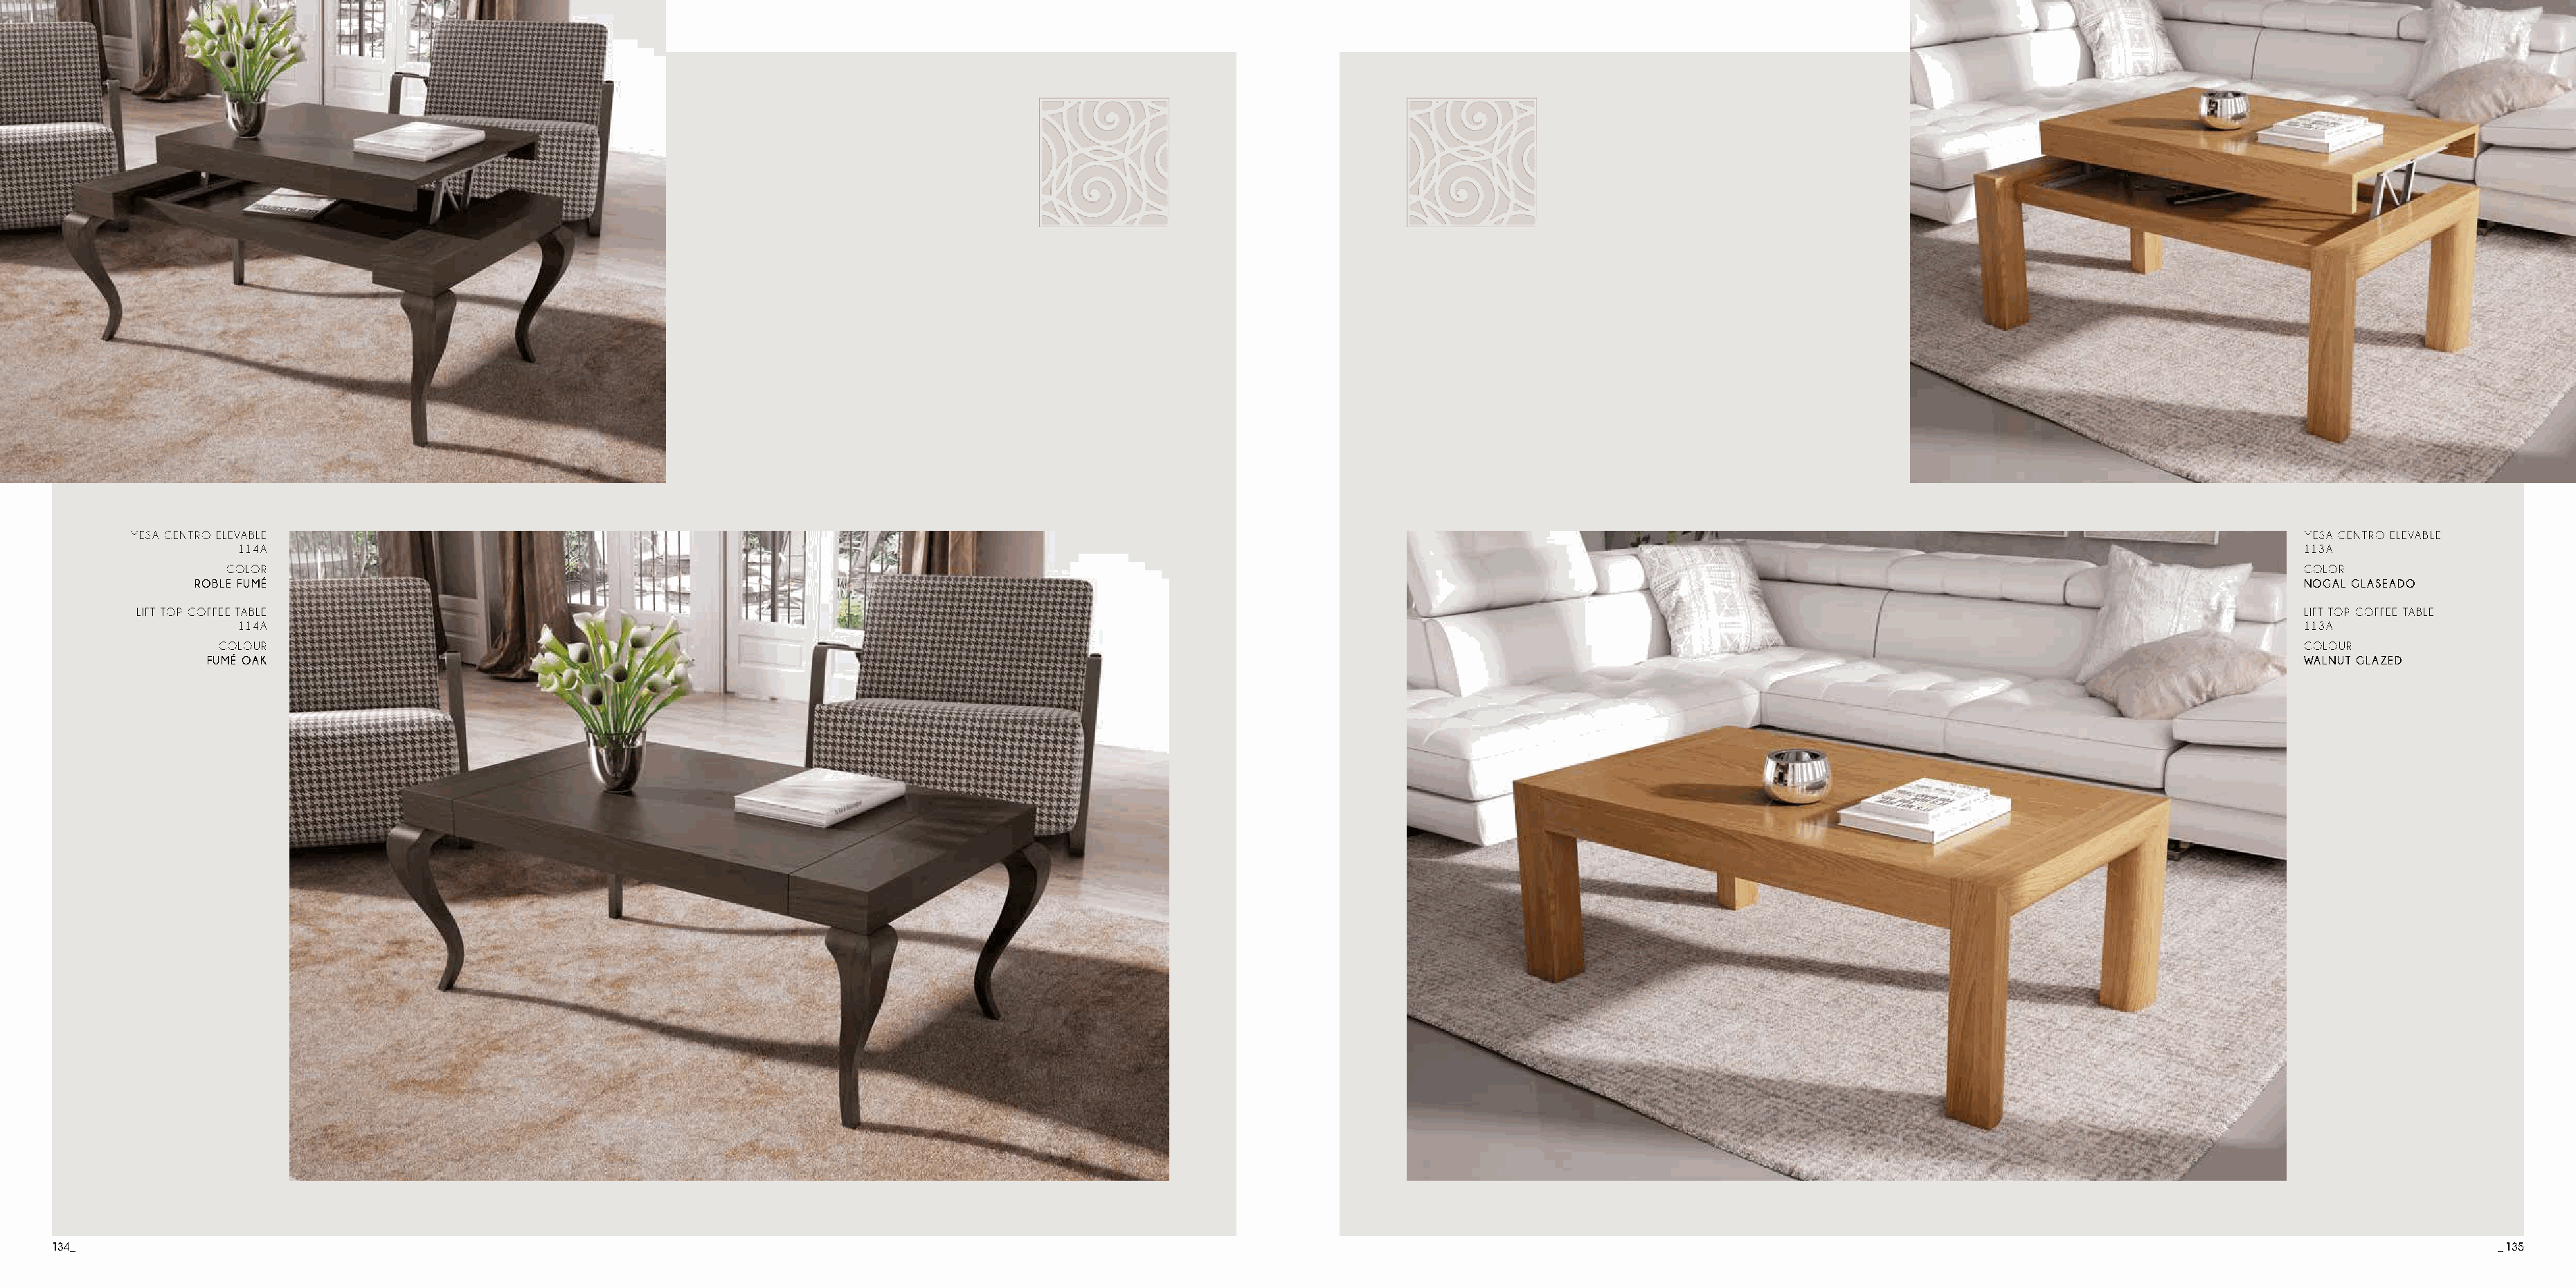
MESA CENTRO ELEVABLE                                                                                                                                                                                            MESA CENTRO ELEVABLE
 114A                                                                                                                                                                                                 113A
 COLOR                                                                                                                                                                                                 COLOR
 ROBLE FUMÉ                                                                                                                                                                                               NOGAL GLASEADO
 LIFT TOP COFFEE TABLE                                                                                                                                                                                          LIFT TOP COFFEE TABLE
 114A                                                                                                                                                                                                 113A
 COLOUR                                                                                                                                                                                                 COLOUR
 FUMÉ OAK                                                                                                                                                                                                WALNUT GLAZED
 134_                                                                                                                                                                                                                                      _ 135